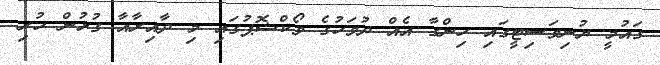
ގައުމީ ޔުނިވަސިޓީގައި ހިންގާ އެއް ދުވަހުގެ ވޯކްޝޮޕުގައި މި ދާއިރާއާ ގުޅުން ހުރި